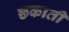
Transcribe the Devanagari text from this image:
छकाती